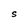
Character: S